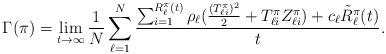
LaTeX: \begin{align*} \Gamma(\pi)&=\lim_{t\to\infty}\frac{1}{N}\sum_{\ell=1}^{N}\frac{\sum_{i=1}^{R_\ell^\pi(t)}\rho_\ell (\frac{(T_{\ell i}^\pi)^2}{2}+T_{\ell i}^\pi Z_{\ell i}^\pi)+c_\ell\tilde{R}_\ell^\pi(t)}{t}.\end{align*}